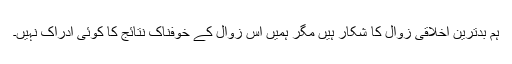
ہم بدترین اخلاقی زوال کا شکار ہیں مگر ہمیں اس زوال کے خوفناک نتائج کا کوئی ادراک نہیں۔